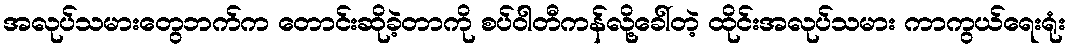
အလုပ်သမားတွေဘက်က တောင်းဆိုခဲ့တာကို စပ်ဝါတီကန်လို့ခေါ်တဲ့ ထိုင်းအလုပ်သမား ကာကွယ်ရေးရုံး